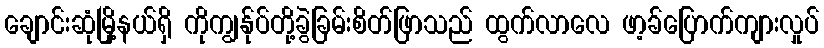
ချောင်းဆုံမြို့နယ်ရှိ ကိုကျွန်ုပ်တို့ခွဲခြမ်းစိတ်ဖြာသည် ထွက်လာလေ ဖာ့ခ်ပြောက်ကျားလှုပ်